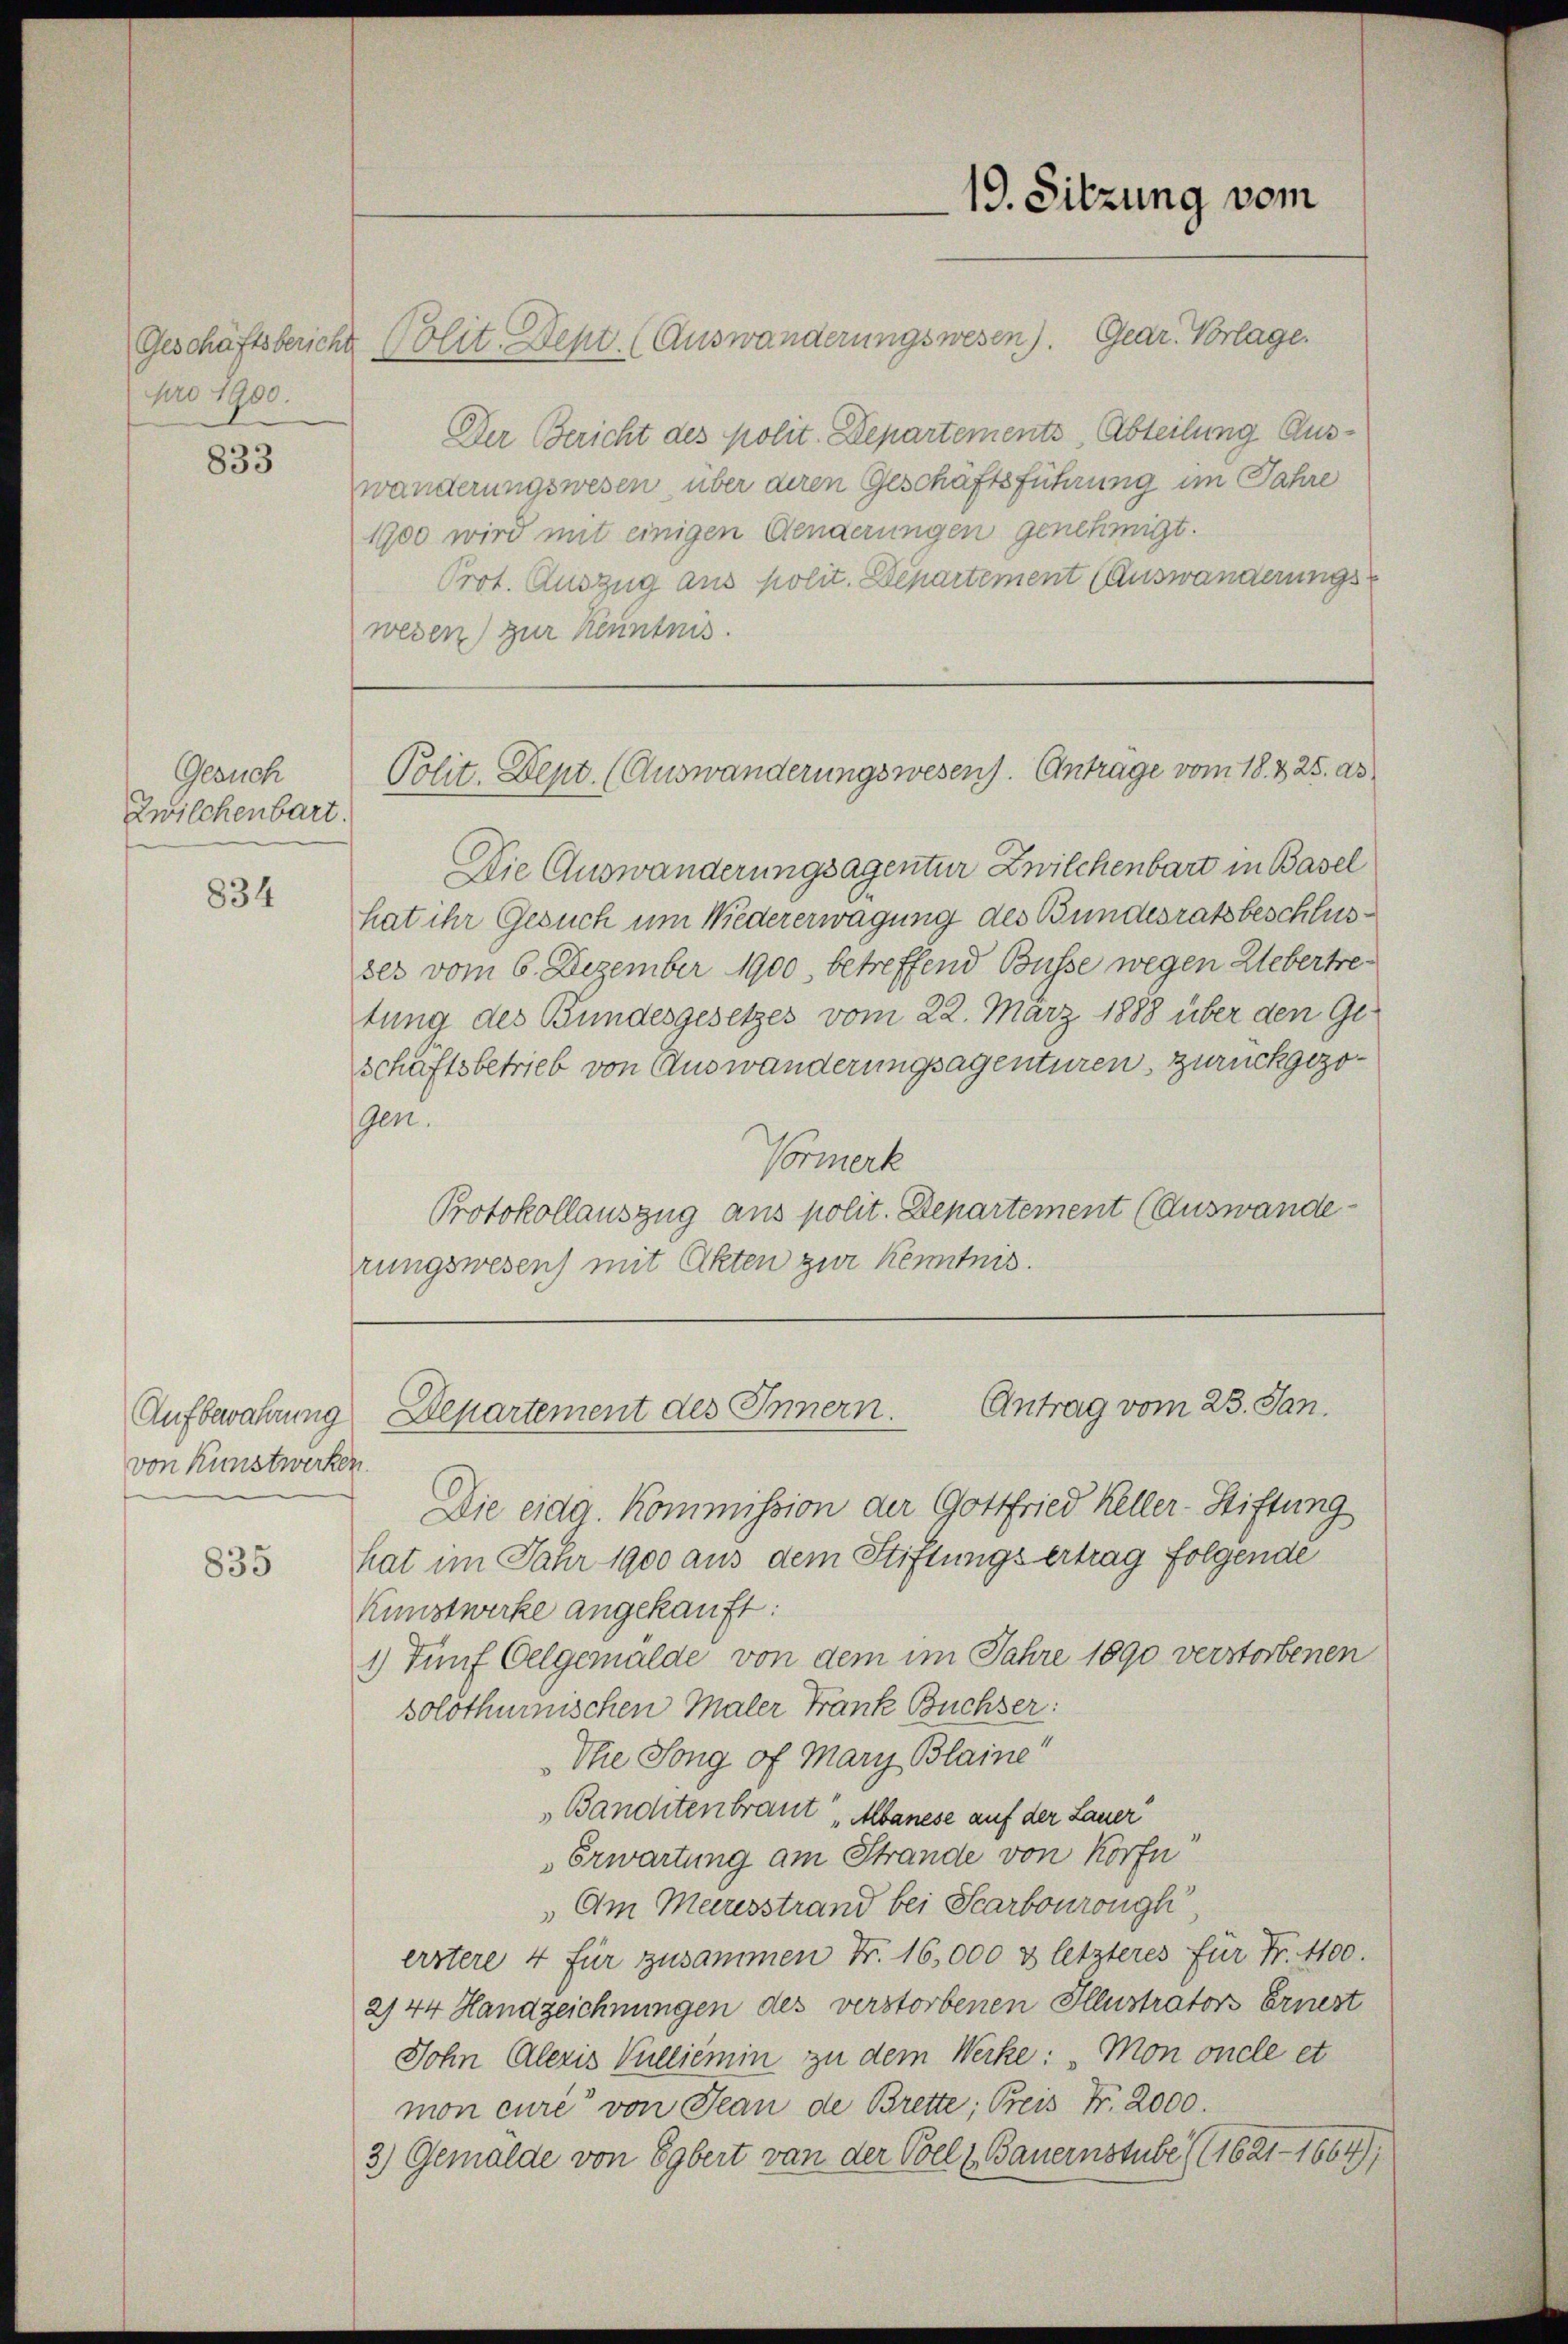
pro 1900.

833

Gesuch
Zwilchenbart.

834

Aufbewahrung
von Kunstwerken.

835

Geschäftsbericht Polit. Dept. (Auswanderungswesen). Gear. Vorlage.
Der Bericht des polit. Departements-Abteilung Auszwänderungswesen, über deren Geschäftsführung im Jahre
1900 wird mit einigen Gengerungen genehmigt.
Prot. Auszug aus polit. Departement (Auswanderungs
wesen) zur Kenntnis.

Die Auswanderungsagentur Zwilchenbart in Basel
hat ihr Gesuch um Niedererwägung des Bundesratsbeschlusser vom 6. Dezember 1900, betreffend Busse wegen Uebertretung des Bundesgesetzes vom 22. März 1888 über den Geschäftsbetrieb von Auswanderungsagenturen, zurückgezogen.
Vormerk
Protokollauszug aus polit. Departement (Auswande
rungswesen) mit Akten zur Kenntnis.

19. Sitzung vom

Polit. Dept. (Auswanderungswesen). Anträge vom 18. 325. ds

Departement des Innern. Antrag vom 23. Jan.

Die eidg. Kommission der Gottfried Keller-Stiftung
hat im Jahr 1900 aus dem Stiftungs ertrag folgende
Kunstwerke angekauft:
1) Fünf Oelgemälde von dem im Jahre 1890 verstorbenen
solothurnischen Maler Frank Buchser:
Die Song of Mary Blaine“
Bandtenbrant Albanese auf der Lauer
Erwartung am Strande von Korfe
Am Meeresstrand bei Scarbonrongh
erstere 4 für zusammen Fr. 16,000 & letzteres für Fr. 1100.
2144 Handzeichnungen des verstorbenen Illustrators Ernest
Sohn Alezis Vulliemin zu dem Werke: Mon oncle et
mon cure“ von Jean de Brette; Preis Fr. 2000.
3) Gemälde von Egbert von der Coel & Bauernstube (1621 - 1664